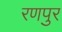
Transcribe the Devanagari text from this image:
रणपुर